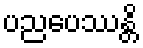
ပညပေဿန္တိ